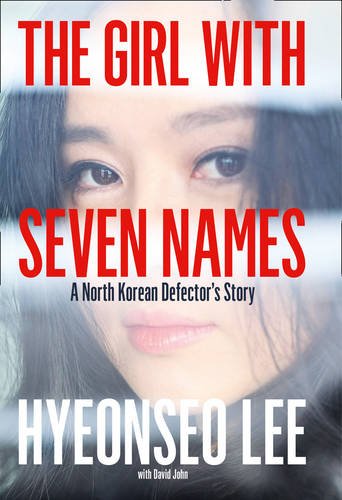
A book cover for The Girl with Seven Names; Hyeonseo Lee; Biographies & Memoirs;